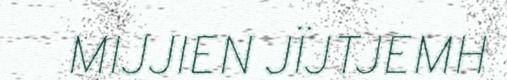
MIJJIEN JÏJTJEMH